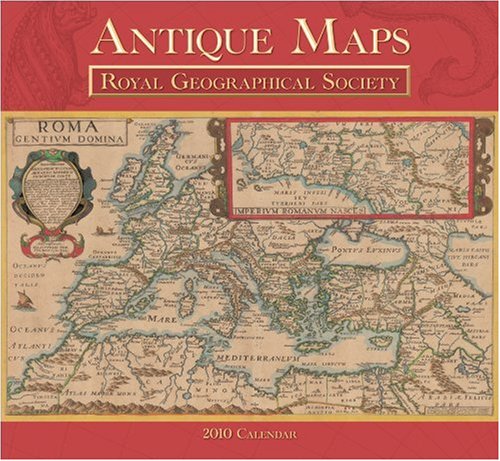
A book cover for Antique Maps 2010 Calendar; Calendars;